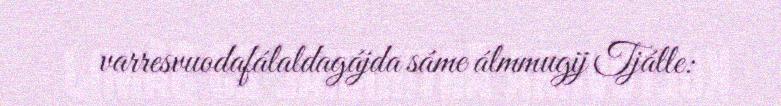
varresvuodafálaldagájda sáme álmmugij Tjálle: